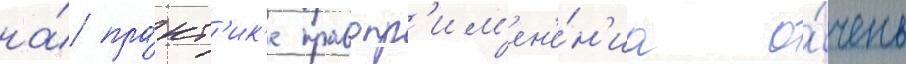
на́ пра́кт'ик'е правопр'им'ен'е́н'иа о́чень